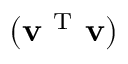
\bf ( v ^ { \mathrm { ~ T ~ } } v )